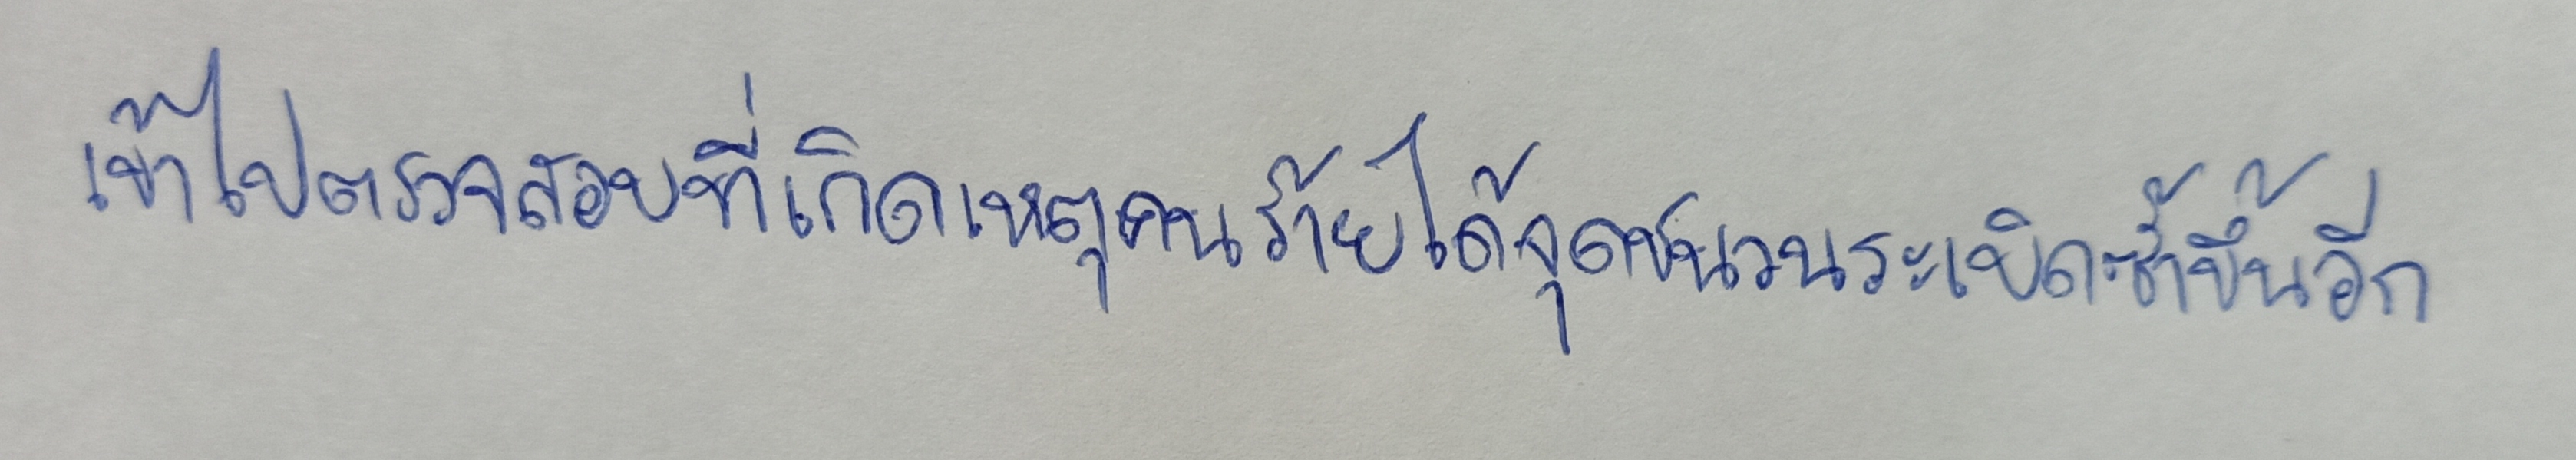
เข้าไปตรวจสอบที่เกิดเหตุคนร้ายได้จุดชนวนระเบิดซ้ำขึ้นอีก